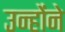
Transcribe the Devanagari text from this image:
उन्होंंने